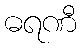
ဓရဏီ